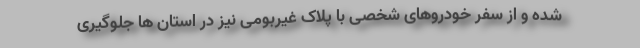
شده و از سفر خودروهای شخصی با پلاک غیربومی نیز در استان ها جلوگیری